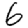
Digit: 6